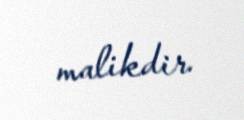
malikdir.